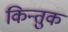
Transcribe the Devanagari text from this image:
किन्तुक